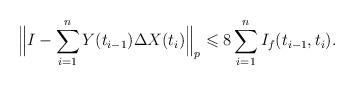
LaTeX: \begin{align*}\Bigl\|I-\sum_{i=1}^{n}Y(t_{i-1})\Delta X(t_i)\Bigr\|_p\leqslant8\sum_{i=1}^n I_f(t_{i-1},t_i).\end{align*}